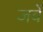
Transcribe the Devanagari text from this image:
जवें